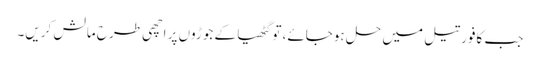
جب کافور تیل میں حل ہوجائے، تو گٹھیا کے جوڑوں پر اچھی طرح مالش کریں۔